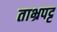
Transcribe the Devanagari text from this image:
ताभ्रपट्ट